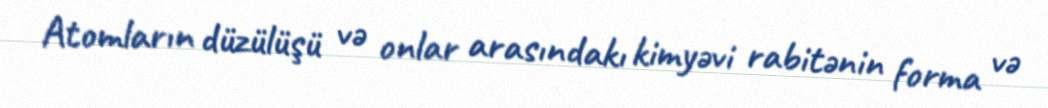
Atomların düzülüşü və onlar arasındakı kimyəvi rabitənin forma və